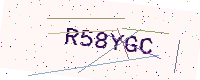
Text: R58YGC